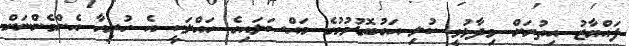
ފައްޔާޒު އިތުރަށް ވިދާޅުވީ ކުލި އަގުބޮޑުވުމުގެ މައްސަލައިގެ ހައްލަކީ އެ ހުރިހާ އެންމެންނަށް